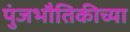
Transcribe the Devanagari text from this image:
पुंजभौतिकीच्या